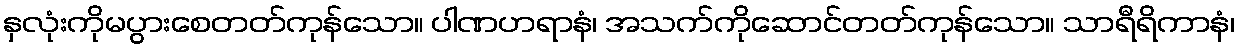
နှလုံးကိုမပွားစေတတ်ကုန်သော။ ပါဏဟရာနံ၊ အသက်ကိုဆောင်တတ်ကုန်သော။ သာရီရိကာနံ၊